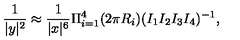
\frac { 1 } { | y | ^ { 2 } } \approx \frac { 1 } { | x | ^ { 6 } } \Pi _ { i = 1 } ^ { 4 } ( 2 \pi R _ { i } ) ( I _ { 1 } I _ { 2 } I _ { 3 } I _ { 4 } ) ^ { - 1 } ,